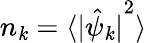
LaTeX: n_{\mathit{k}}=\langle{\lvert{\hat{{\psi}}_{\mathit{k}}}\rvert}^{2}\rangle